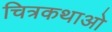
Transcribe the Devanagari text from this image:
चित्रकथाओ